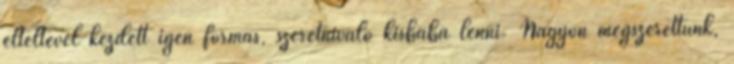
elteltével kezdett igen formás, szeretnivaló kisbaba lenni. Nagyon megszerettünk,